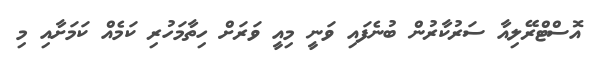
އޮސްޓްރޭލިއާ ސަރުކާރުން ބުނެފައި ވަނީ މިއީ ވަަރަށް ހިތާމަހުރި ކަމެއް ކަމަށާއި މި